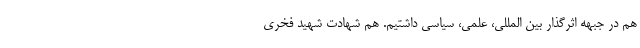
هم در جبهه اثرگذار بین المللی، علمی، سیاسی داشتیم. هم شهادت شهید فخری